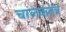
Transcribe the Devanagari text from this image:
चालकतंत्र